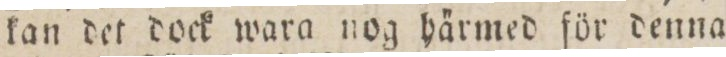
kan det dock wara nog härmed för denna